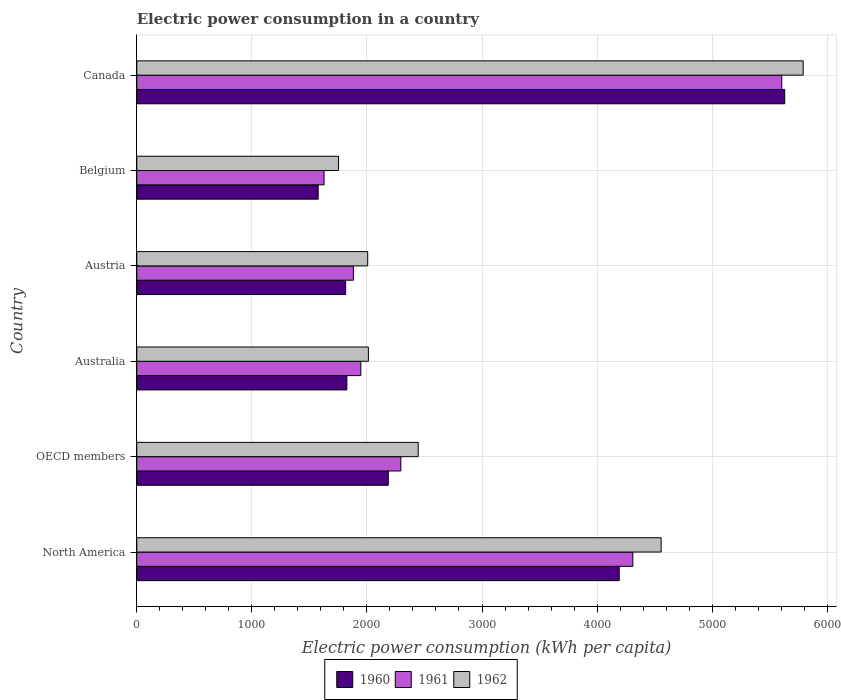
| Country | 1960 | 1961 | 1962 |
 | --- | --- | --- | --- |
 | North America | 4.19e+03 | 4.31e+03 | 4.56e+03 |
 | OECD members | 2.19e+03 | 2.29e+03 | 2.45e+03 |
 | Australia | 1.83e+03 | 1.95e+03 | 2.01e+03 |
 | Austria | 1.81e+03 | 1.88e+03 | 2.01e+03 |
 | Belgium | 1.58e+03 | 1.63e+03 | 1.75e+03 |
 | Canada | 5.63e+03 | 5.61e+03 | 5.79e+03 |